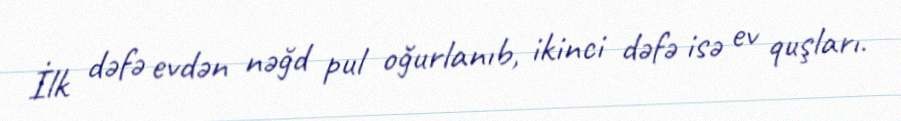
İlk dəfə evdən nəğd pul oğurlanıb, ikinci dəfə isə ev quşları.